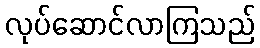
လုပ်ဆောင်လာကြသည်